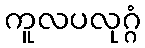
ကူလပလုဂ္ဂံ